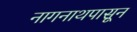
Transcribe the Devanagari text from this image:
नागनाथपासून